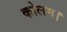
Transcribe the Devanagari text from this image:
कोलम।